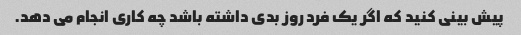
پیش بینی کنید که اگر یک فرد روز بدی داشته باشد چه کاری انجام می دهد.